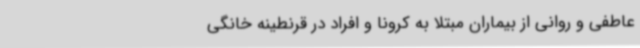
عاطفی و روانی از بیماران مبتلا به کرونا و افراد در قرنطینه خانگی